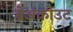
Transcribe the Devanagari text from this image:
ब्रेअकोउट